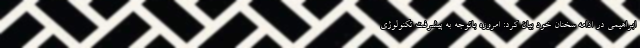
ابراهیمی در ادامه سخنان خود بیان کرد: امروزه باتوجه به پیشرفت تکنولوژی